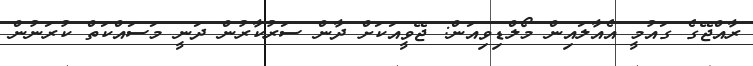
ރާއްޖޭގެ ގައުމީ އެއާލައިން މޯލްޑިވިއަން: ޖޭވީއަކަށް ދާން ސަރުކާރުން ދަނީ މަސައްކަތް ކުރަނުން